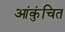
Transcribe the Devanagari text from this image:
आंकुंचित